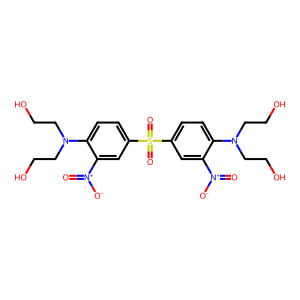
SMILES: O=[N+]([O-])c1cc(S(=O)(=O)c2ccc(N(CCO)CCO)c([N+](=O)[O-])c2)ccc1N(CCO)CCO
Inhibits HIV replication: No